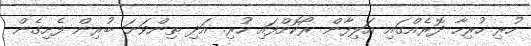
ހުރި ހުރިހާ ދޮރެއްގައި އަލިފާން ރޯކޮށްފައި ހުރި. އަދި ތިންވަނަ ބުރިން ފެށިގެން